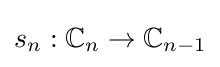
s_{n}:\mathbb {C} _{n}\to \mathbb {C} _{n-1}